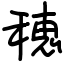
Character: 穂